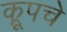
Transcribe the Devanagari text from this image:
क्रूपचे